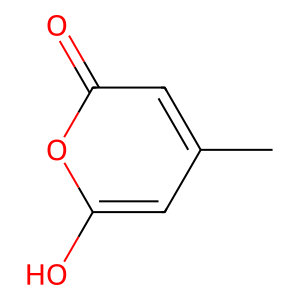
SMILES: Cc1cc(O)oc(=O)c1
Inhibits HIV replication: No